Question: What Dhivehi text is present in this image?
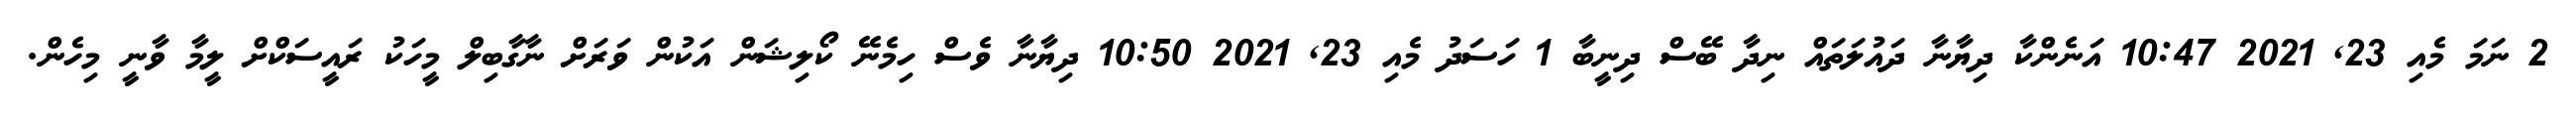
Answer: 2 ނަމަ މެއި 23, 2021 10:47 އަނެންކާ ދިޔާނާ ދައުލަތައް ނިދާ ބޭސް ދިނީބާ 1 ހަސަދު މެއި 23, 2021 10:50 ދިޔާނާ ވެސް ހިމެނޭ ކޯލިޝަން އަކުން ވަރަށް ނާގާބިލް މީހަކު ރައީސަކްށް ލީމާ ވާނީ މިހެން.